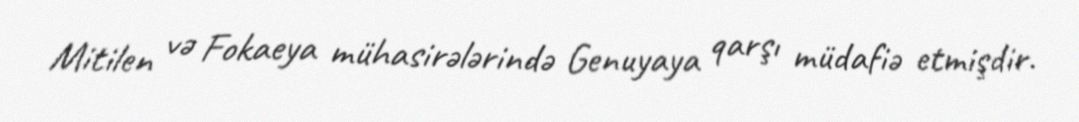
Mitilen və Fokaeya mühasirələrində Genuyaya qarşı müdafiə etmişdir.